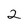
Character: 2